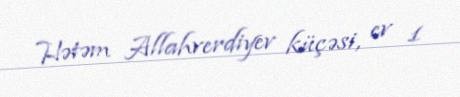
Hətəm Allahverdiyev küçəsi, ev 1